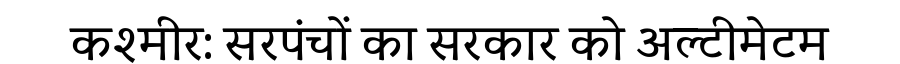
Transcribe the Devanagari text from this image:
कश्मीर: सरपंचों का सरकार को अल्टीमेटम